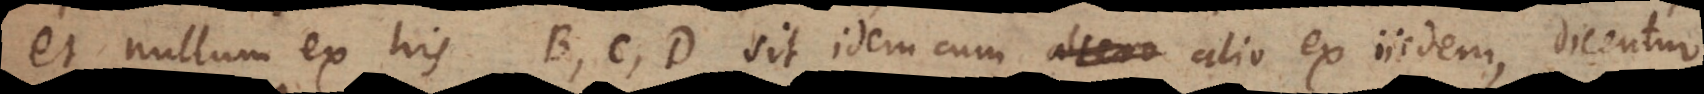
et nullum ex his B, C, D sit idem cum alio ex iisdem, dicentur